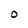
Character: O